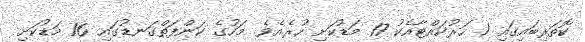
ކޮތަރިބައިގައި 1 ހަރުކައްޓާއެކު 17 މަޑުކަށި ހުރެއެވެ. މަހުގެ ކަންފަތްގަނޑުގައި 16 މަޑުކަށި